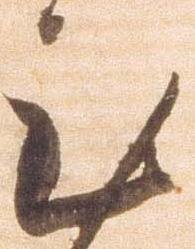
至